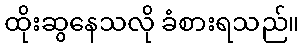
ထိုးဆွနေသလို ခံစားရသည်။